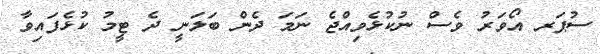
ސުޕަރ އޯވަރު ވެސް ނުކުޅެވިއްޖެ ނަމަ ދެން ބަލަނީ ދެ ޓީމު ކުޅެފައިވާ